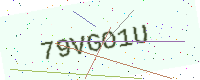
Text: 79VGO1U